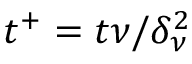
t ^ { + } = t \nu / \delta _ { \nu } ^ { 2 }